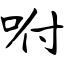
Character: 咐